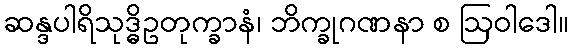
ဆန္ဒပါရိသုဒ္ဓိဥတုက္ခာနံ၊ ဘိက္ခုဂဏနာ စ ဩဝါဒေါ။